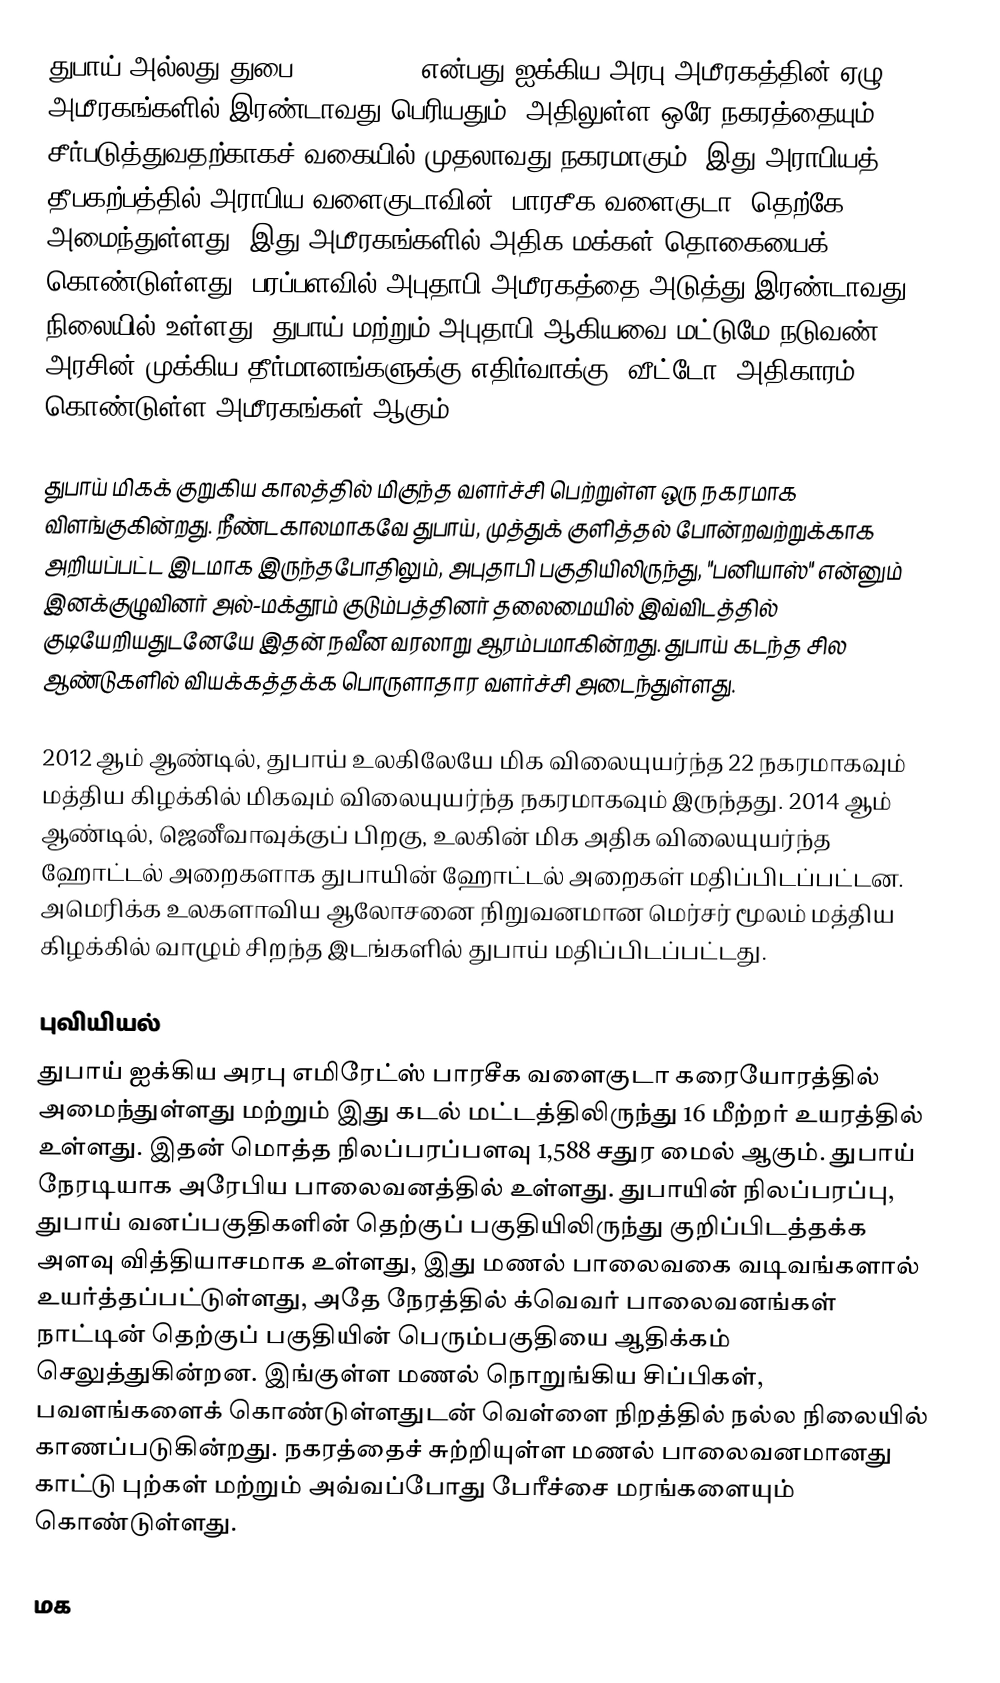
துபாய் அல்லது துபை (Dubai, , ) என்பது ஐக்கிய அரபு அமீரகத்தின் ஏழு அமீரகங்களில் இரண்டாவது பெரியதும், அதிலுள்ள ஒரே நகரத்தையும் சீர்படுத்துவதற்காகச் வகையில் முதலாவது நகரமாகும். இது அராபியத் தீபகற்பத்தில் அராபிய வளைகுடாவின் (பாரசீக வளைகுடா) தெற்கே அமைந்துள்ளது. இது அமீரகங்களில் அதிக மக்கள் தொகையைக் கொண்டுள்ளது. பரப்பளவில் அபுதாபி அமீரகத்தை அடுத்து இரண்டாவது நிலையில் உள்ளது. துபாய் மற்றும் அபுதாபி ஆகியவை மட்டுமே நடுவண் அரசின் முக்கிய தீர்மானங்களுக்கு எதிர்வாக்கு (வீட்டோ) அதிகாரம் கொண்டுள்ள அமீரகங்கள் ஆகும்.

துபாய் மிகக் குறுகிய காலத்தில் மிகுந்த வளர்ச்சி பெற்றுள்ள ஒரு நகரமாக விளங்குகின்றது. நீண்டகாலமாகவே துபாய், முத்துக் குளித்தல் போன்றவற்றுக்காக அறியப்பட்ட இடமாக இருந்தபோதிலும், அபுதாபி பகுதியிலிருந்து, "பனியாஸ்" என்னும் இனக்குழுவினர் அல்-மக்தூம் குடும்பத்தினர் தலைமையில் இவ்விடத்தில் குடியேறியதுடனேயே இதன் நவீன வரலாறு ஆரம்பமாகின்றது. துபாய் கடந்த சில ஆண்டுகளில் வியக்கத்தக்க பொருளாதார வளர்ச்சி அடைந்துள்ளது.

2012 ஆம் ஆண்டில், துபாய் உலகிலேயே மிக விலையுயர்ந்த 22 நகரமாகவும் மத்திய கிழக்கில் மிகவும் விலையுயர்ந்த நகரமாகவும் இருந்தது. 2014 ஆம் ஆண்டில், ஜெனீவாவுக்குப் பிறகு, உலகின் மிக அதிக விலையுயர்ந்த ஹோட்டல் அறைகளாக துபாயின் ஹோட்டல் அறைகள் மதிப்பிடப்பட்டன. அமெரிக்க உலகளாவிய ஆலோசனை நிறுவனமான மெர்சர் மூலம் மத்திய கிழக்கில் வாழும் சிறந்த இடங்களில் துபாய் மதிப்பிடப்பட்டது.

புவியியல்
துபாய் ஐக்கிய அரபு எமிரேட்ஸ் பாரசீக வளைகுடா கரையோரத்தில் அமைந்துள்ளது மற்றும் இது கடல் மட்டத்திலிருந்து 16 மீற்றர் உயரத்தில் உள்ளது. இதன் மொத்த நிலப்பரப்பளவு 1,588 சதுர மைல் ஆகும். துபாய் நேரடியாக அரேபிய பாலைவனத்தில் உள்ளது. துபாயின் நிலப்பரப்பு, துபாய் வனப்பகுதிகளின் தெற்குப் பகுதியிலிருந்து குறிப்பிடத்தக்க அளவு வித்தியாசமாக உள்ளது, இது மணல் பாலைவகை வடிவங்களால் உயர்த்தப்பட்டுள்ளது, அதே நேரத்தில் க்வெவர் பாலைவனங்கள் நாட்டின் தெற்குப் பகுதியின் பெரும்பகுதியை ஆதிக்கம் செலுத்துகின்றன.  இங்குள்ள மணல் நொறுங்கிய சிப்பிகள், பவளங்களைக் கொண்டுள்ளதுடன் வெள்ளை நிறத்தில் நல்ல நிலையில் காணப்படுகின்றது. நகரத்தைச் சுற்றியுள்ள மணல் பாலைவனமானது காட்டு புற்கள் மற்றும் அவ்வப்போது பேரீச்சை மரங்களையும் கொண்டுள்ளது.

மக